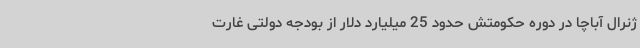
ژنرال آباچا در دوره حکومتش حدود 25 میلیارد دلار از بودجه دولتی غارت